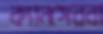
ক্যানসেরবা